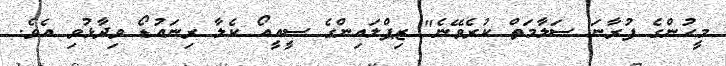
މީހުންގެ ފުރާނަ ސަލާމަތް ކުރެވޭނެ" ޒިޕްލައިންގެ ސީއީއޯ ކެލާ ރިނައުޑޯ ވިދާޅުވި އެވެ.